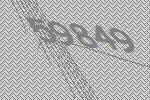
59849